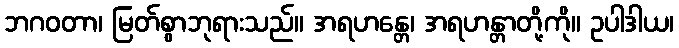
ဘဂဝတာ၊ မြတ်စွာဘုရားသည်။ အရဟန္တေ၊ အရဟန္တာတို့ကို။ ဥပါဒါယ၊